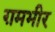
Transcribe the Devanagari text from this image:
ग़मभीर